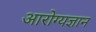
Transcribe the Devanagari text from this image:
आरोग्यज्ञान